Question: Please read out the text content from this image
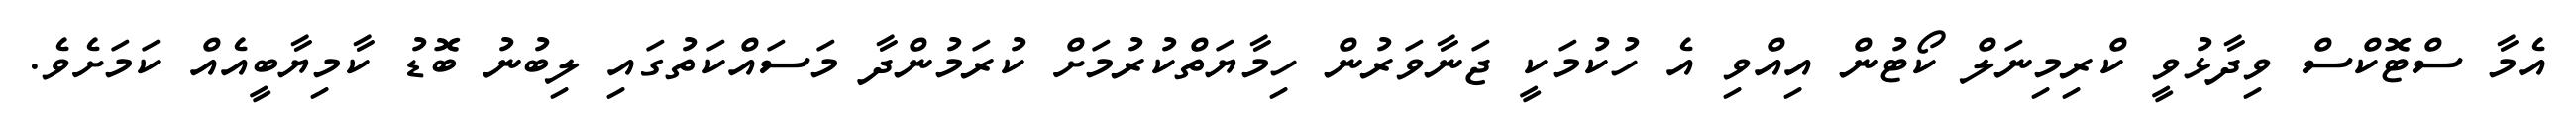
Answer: އެމާ ސްޓޮކްސް ވިދާޅުވީ ކްރިމިނަލް ކޯޓުން އިއްވި އެ ހުކުމަކީ ޖަނާވަރުން ހިމާޔަތްކުރުމަށް ކުރަމުންދާ މަސައްކަތުގައި ލިބުނު ބޮޑު ކާމިޔާބީއެއް ކަމަށެވެ.